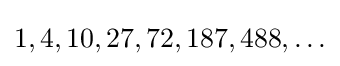
1,4,10,27,72,187,488,\ldots